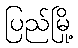
ပြည်မြို့